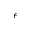
\epsilon